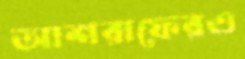
আশরাফেরও